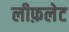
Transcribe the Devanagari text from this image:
लीफ़लेट